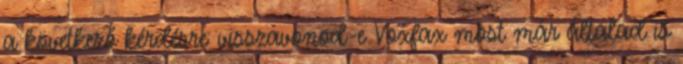
a következő kérdésre: visszavonod-e Voxfax most már általad is